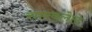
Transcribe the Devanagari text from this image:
सारवलेले